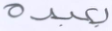
بعبده